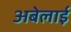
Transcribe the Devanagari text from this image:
अबेलाई